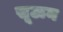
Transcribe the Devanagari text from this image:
सूऊन